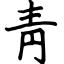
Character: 靑